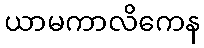
ယာမကာလိကေန